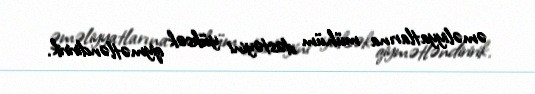
əməliyyatlarına mühüm dəstəyini yüksək qiymətləndiririk.